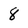
Character: 8